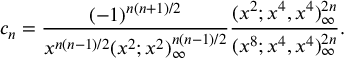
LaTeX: c _ { n } = \frac { ( - 1 ) ^ { n ( n + 1 ) / 2 } } { x ^ { n ( n - 1 ) / 2 } ( x ^ { 2 } ; x ^ { 2 } ) _ { \infty } ^ { n ( n - 1 ) / 2 } } \frac { ( x ^ { 2 } ; x ^ { 4 } , x ^ { 4 } ) _ { \infty } ^ { 2 n } } { ( x ^ { 8 } ; x ^ { 4 } , x ^ { 4 } ) _ { \infty } ^ { 2 n } } .